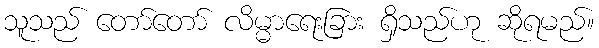
သူသည် တော်တော် လိမ္မာရေးခြား ရှိသည်ဟု ဆိုရမည်။